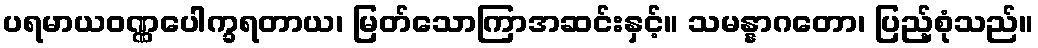
ပရမာယဝဏ္ဏပေါက္ခရတာယ၊ မြတ်သောကြာအဆင်းနှင့်။ သမန္နာဂတော၊ ပြည့်စုံသည်။